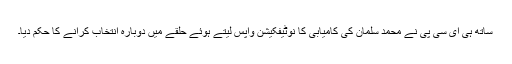
ساتھ ہی ای سی پی نے محمد سلمان کی کامیابی کا نوٹیفکیشن واپس لیتے ہوئے حلقے میں دوبارہ انتخاب کرانے کا حکم دیا۔